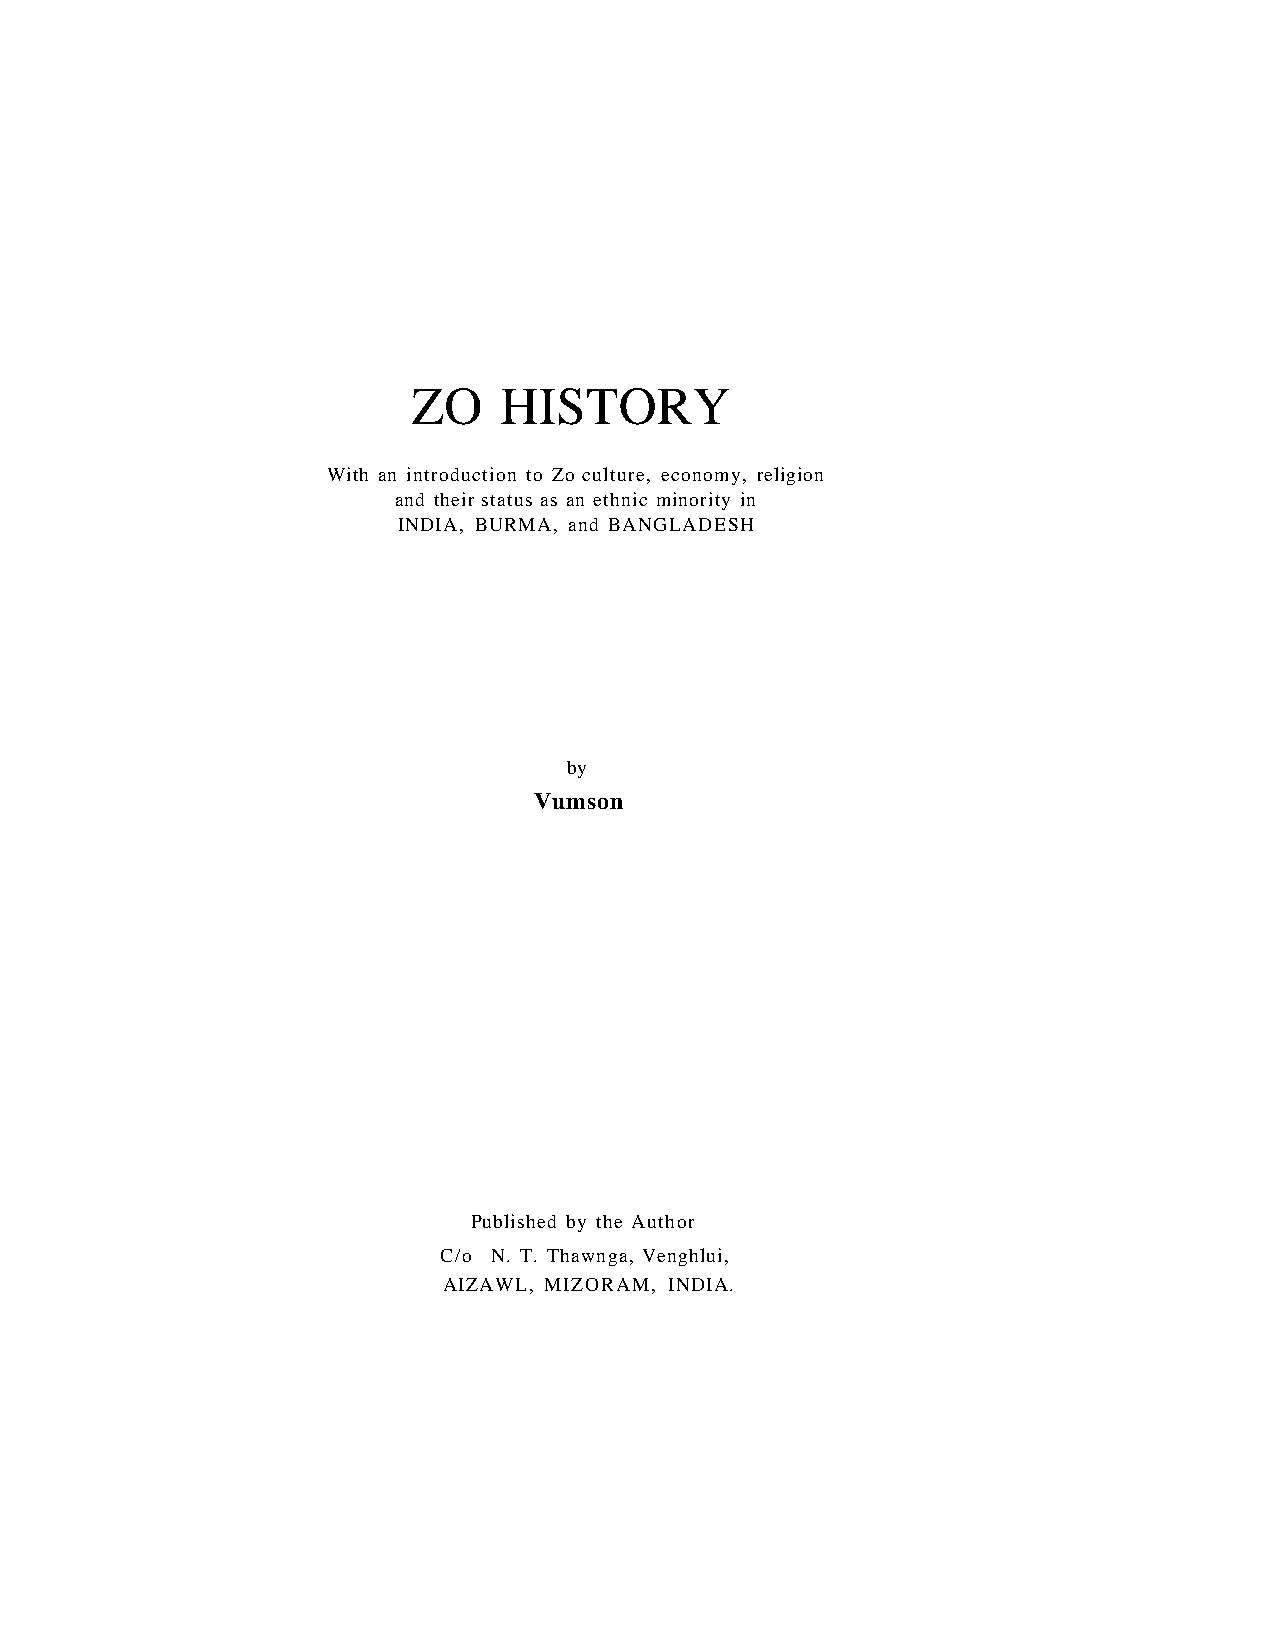
ZO    HISTORY
 With an introduction to Zo culture, economy, religion
 and their status as an ethnic minority in
 INDIA, BURMA, and BANGLADESH
 by
 Vumson
 Published by the Author
 C/o N. T. Thawnga, Venghlui,
 AIZAWL, MIZORAM, INDIA.